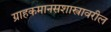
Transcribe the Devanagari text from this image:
ग्राहकमानसशास्त्रावरील